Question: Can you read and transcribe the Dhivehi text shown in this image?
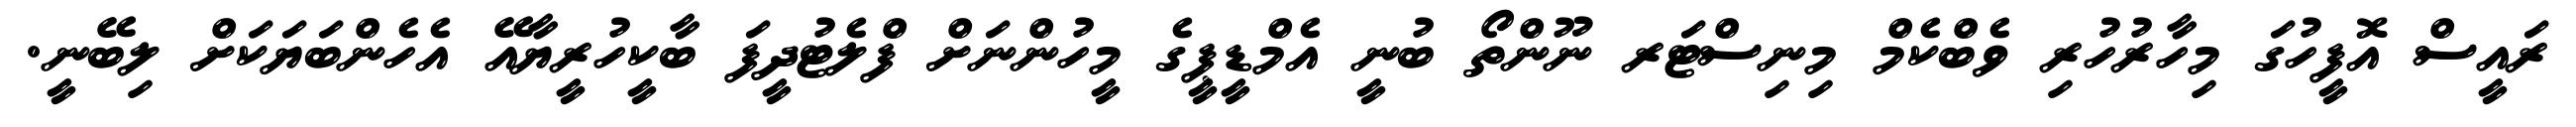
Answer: ރައީސް އޮފީހުގަ މިހާރުހުރި ވެބްކެމް މިނިސްޓަރ ނޫންތޯ ބުނީ އެމްޑީޕީގެ މީހުންނަށް ފްލެޓުދީފަ ބާކީހުރީޔާއޭ އެހެންބަޔަކަށް ލިބޭނީ.